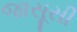
જાસૂસી